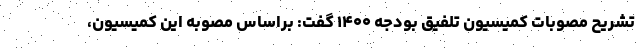
تشریح مصوبات کمیسیون تلفیق بودجه ۱۴۰۰ گفت: براساس مصوبه این کمیسیون،